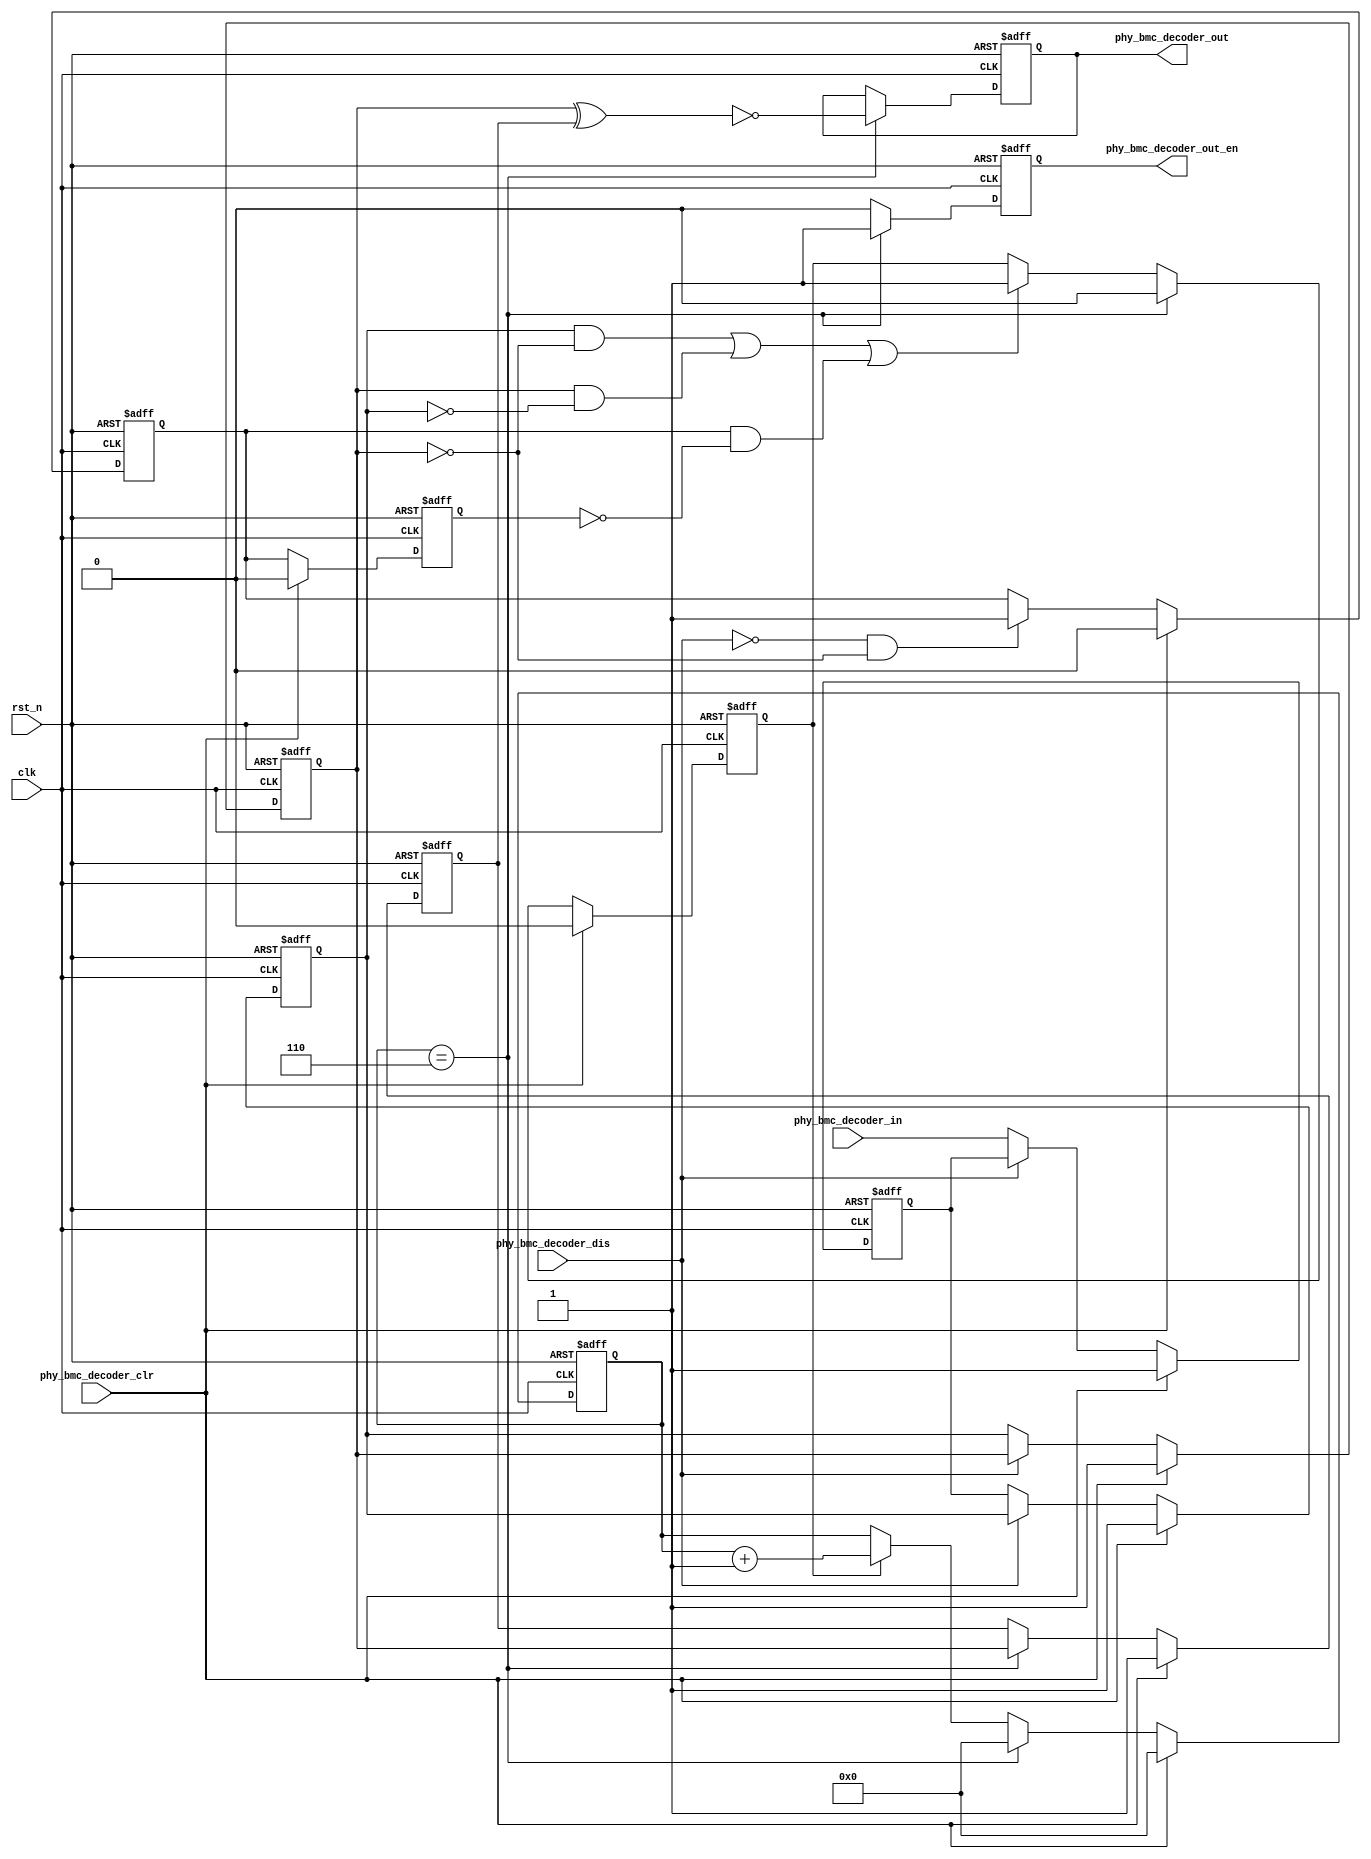
`timescale 1ns / 1ps
//////////////////////////////////////////////////////////////////////////////////
// Company: 
// Engineer: 
// 
// Design Name: 
// Module Name:    bmc_encoder 
// Project Name: 
// Target Devices: 
// Tool versions: 
// Description: 
//
// Dependencies: 
//
// Revision: 
// Revision 0.01 - File Created
// Additional Comments: 
//
//////////////////////////////////////////////////////////////////////////////////
module phy_bmc_decoder(
    clk,
    rst_n,

    phy_bmc_decoder_in,
    phy_bmc_decoder_clr,
    phy_bmc_decoder_dis,

    phy_bmc_decoder_out,
    phy_bmc_decoder_out_en
    );

input     clk;
input     rst_n;

input     phy_bmc_decoder_in;
input     phy_bmc_decoder_clr;
input     phy_bmc_decoder_dis;
output    phy_bmc_decoder_out;
output    phy_bmc_decoder_out_en;


localparam BMC_DECODE_PERIOD = 11'd6;

reg       phy_bmc_decoder_out;
reg       phy_bmc_decoder_out_en;

reg       phy_bmc_decoder_in_dly1;
reg       phy_bmc_decoder_in_dly2;
reg       phy_bmc_decoder_in_dly3;
wire      phy_bmc_decoder_in_edge_pos;
wire      phy_bmc_decoder_in_edge_neg;
reg       phy_bmc_decoder_in_first_low;
reg       phy_bmc_decoder_in_first_low_dly;
wire      phy_bmc_decoder_in_first_low_plus;

reg       [10:0] phy_bmc_decoder_period_cnt;
wire      phy_bmc_decoder_period_done;
reg       phy_bmc_decoder_period_keep;

//bmc decode
reg       phy_bmc_decoder_pre_bit;
reg       phy_bmc_decoder_cur_bit;

//
always @(posedge clk or negedge rst_n) begin
       if(!rst_n) begin
              phy_bmc_decoder_in_dly1 <= 1'b1;
              phy_bmc_decoder_in_dly2 <= 1'b1;
              phy_bmc_decoder_in_dly3 <= 1'b1;
       end
       else if(phy_bmc_decoder_clr) begin
              phy_bmc_decoder_in_dly1 <= 1'b1;
              phy_bmc_decoder_in_dly2 <= 1'b1;
              phy_bmc_decoder_in_dly3 <= 1'b1;
       end
       else if(!phy_bmc_decoder_dis) begin
              phy_bmc_decoder_in_dly1 <= phy_bmc_decoder_in;
              phy_bmc_decoder_in_dly2 <= phy_bmc_decoder_in_dly1;
              phy_bmc_decoder_in_dly3 <= phy_bmc_decoder_in_dly2;
       end
end

always @(posedge clk or negedge rst_n) begin
       if(!rst_n) begin
              phy_bmc_decoder_in_first_low_dly <= 1'b0;
       end
       else if(phy_bmc_decoder_clr) begin
              phy_bmc_decoder_in_first_low_dly <= 1'b0;
       end
       else begin
              phy_bmc_decoder_in_first_low_dly <= phy_bmc_decoder_in_first_low;
       end
end

always @(posedge clk or negedge rst_n) begin
       if(!rst_n) begin
              phy_bmc_decoder_in_first_low <= 1'b0;
       end
       else if(phy_bmc_decoder_clr) begin
              phy_bmc_decoder_in_first_low <= 1'b0;
       end
       else if(!phy_bmc_decoder_dis && !phy_bmc_decoder_in_dly3) begin
              phy_bmc_decoder_in_first_low <= 1'b1;
       end
end

assign    phy_bmc_decoder_in_edge_pos = phy_bmc_decoder_in_dly2 && !phy_bmc_decoder_in_dly3;
assign    phy_bmc_decoder_in_edge_neg = phy_bmc_decoder_in_dly3 && !phy_bmc_decoder_in_dly2;

assign    phy_bmc_decoder_in_first_low_plus = phy_bmc_decoder_in_first_low && !phy_bmc_decoder_in_first_low_dly;

//bmc period
always @(posedge clk or negedge rst_n) begin
       if(!rst_n) begin
              phy_bmc_decoder_period_cnt <= 11'h0;
       end
       else if(phy_bmc_decoder_clr) begin
              phy_bmc_decoder_period_cnt <= 11'h0;
       end
       else if(phy_bmc_decoder_period_done) begin
              phy_bmc_decoder_period_cnt <= 11'h0;
       end
       else if(phy_bmc_decoder_period_keep) begin
              phy_bmc_decoder_period_cnt <= phy_bmc_decoder_period_cnt + 1'h1;
       end
end

always @(posedge clk or negedge rst_n) begin
       if(!rst_n) begin
              phy_bmc_decoder_period_keep <= 1'h0;
       end
       else if(phy_bmc_decoder_clr) begin
              phy_bmc_decoder_period_keep <= 1'h0;
       end
       else if(phy_bmc_decoder_period_done) begin
              phy_bmc_decoder_period_keep <= 1'h0;
       end
       else if(phy_bmc_decoder_in_edge_pos || phy_bmc_decoder_in_edge_neg || phy_bmc_decoder_in_first_low_plus) begin
              phy_bmc_decoder_period_keep <= 1'h1;
       end
end

assign    phy_bmc_decoder_period_done = (phy_bmc_decoder_period_cnt == BMC_DECODE_PERIOD);


//bmc decode 
always @(posedge clk or negedge rst_n) begin
       if(!rst_n) begin
              phy_bmc_decoder_pre_bit <= 1'h1;
       end
       else if(phy_bmc_decoder_clr) begin
              phy_bmc_decoder_pre_bit <= 1'h1;
       end
       else if(phy_bmc_decoder_period_done) begin
              phy_bmc_decoder_pre_bit <= phy_bmc_decoder_in_dly3;
       end
end

//bmc decode output
always @(posedge clk or negedge rst_n) begin
       if(!rst_n) begin
              phy_bmc_decoder_out_en <= 1'b0;
              phy_bmc_decoder_out <= 1'b0;
       end
       else if(phy_bmc_decoder_period_done) begin
              phy_bmc_decoder_out_en <= 1'b1;
              phy_bmc_decoder_out <= !(phy_bmc_decoder_in_dly3 ^ phy_bmc_decoder_pre_bit);
       end
       else begin
              phy_bmc_decoder_out_en <= 1'b0;
       end
end



endmodule